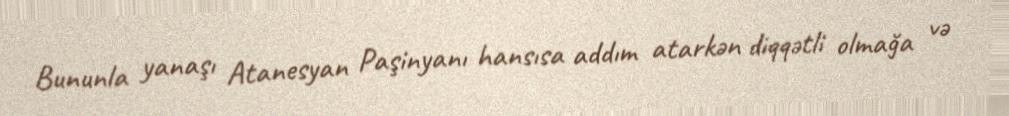
Bununla yanaşı Atanesyan Paşinyanı hansısa addım atarkən diqqətli olmağa və